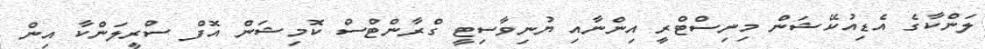
ލަންކާގެ އެޑިއުކޭޝަން މިނިސްޓްރީ އިންނާއި ޔުނިވާސިޓީ ގްރާންޓްސް ކޮމިޝަން އޮފް ސްރީލަންކާ އިން